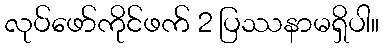
လုပ်ဖော်ကိုင်ဖက် 2 ပြဿနာမရှိပါ။